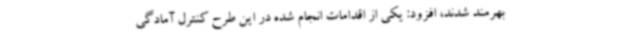
بهرمند شدند، افزود: یکی از اقدامات انجام شده در این طرح کنترل آمادگی